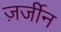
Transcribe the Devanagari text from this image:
ज़र्जीन